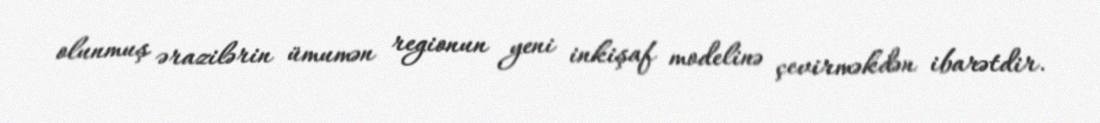
olunmuş ərazilərin ümumən regionun yeni inkişaf modelinə çevirməkdən ibarətdir.